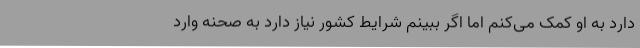
دارد به او کمک می‌کنم اما اگر ببینم شرایط کشور نیاز دارد به صحنه وارد